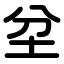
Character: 坌